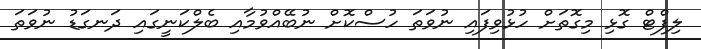
ލިފްޓް ގޮޅި މިގޮތަށް ހުޅުވިފައި ނުވަތަ ހުސްކޮށް ނުބޭއްވުމާއި ބެލްކަނީގައި ދަނގަޑު ނުވަތަ